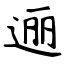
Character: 逦